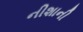
નીશાની